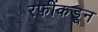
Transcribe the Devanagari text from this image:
रफींकडून